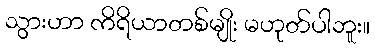
သွားဟာ ကိရိယာတစ်မျိုး မဟုတ်ပါဘူး။